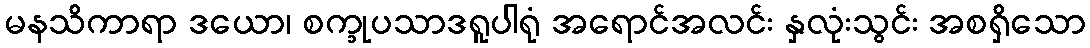
မနသိကာရာ ဒယော၊ စက္ခုပသာဒရူပါရုံ အရောင်အလင်း နှလုံးသွင်း အစရှိသော